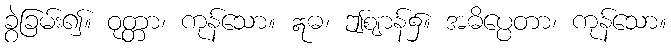
ခွဲခြမ်း၍။ ဝုတ္တာ၊ ကုန်သော။ ဣဓ၊ ဤဈာန်၌။ အဓိပ္ပေတာ၊ ကုန်သော။